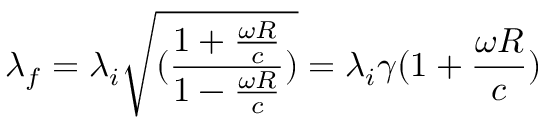
\lambda _ { f } = \lambda _ { i } \sqrt { ( \frac { 1 + \frac { \omega R } { c } } { 1 - \frac { \omega R } { c } } ) } = \lambda _ { i } \gamma ( 1 + \frac { \omega R } { c } )